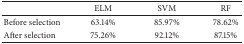
<table><thead><tr><td><b> </b></td><td><b>ELM</b></td><td><b>SVM</b></td><td><b>RF</b></td></tr></thead><tbody><tr><td>Before selection</td><td>63.14%</td><td>85.97%</td><td>78.62%</td></tr><tr><td>After selection</td><td>75.26%</td><td>92.12%</td><td>87.15%</td></tr></tbody></table>